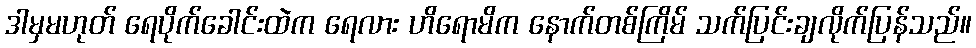
ဒါမှမဟုတ် ရေပိုက်ခေါင်းထဲက ရေလား ဟိရောမိက နောက်တစ်ကြိမ် သက်ပြင်းချလိုက်ပြန်သည်။